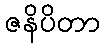
ဇနိပိတာ